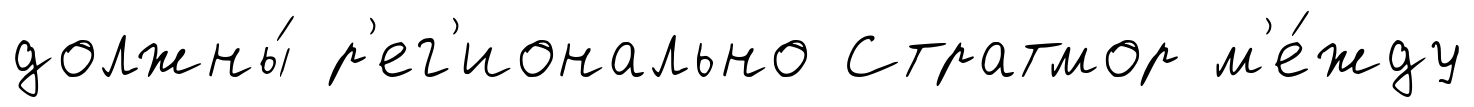
должны́ р'ег'ионально Стратмор м'е́жду